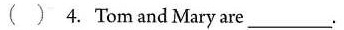
( ) 4. Tom and Mary are___